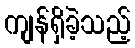
ကျန်ရှိခဲ့သည့်